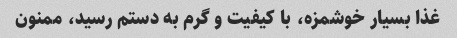
غذا بسیار خوشمزه، با کیفیت و گرم به دستم رسید، ممنون